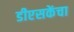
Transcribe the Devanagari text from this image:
डीएसकेंचा